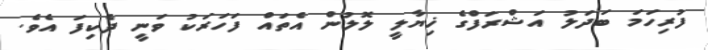
ފުރިހަމަ ބަދަލު އަޝްރަފްގެ ޚިޔާލީ ލޮލުން އެތައް ފަހަރަކު ވަނީ ދެކިފަ އެވެ.